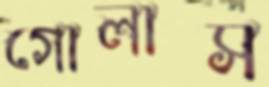
গোলাস